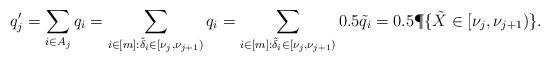
LaTeX: \begin{align*}q'_j &= \sum_{i \in A_j} q_i = \sum_{i \in [m]: \tilde{\delta}_i \in [\nu_j, \nu_{j+1})} q_i = \sum_{i \in [m]: \tilde{\delta}_i \in [\nu_j, \nu_{j+1})} 0.5 \tilde{q}_i= 0.5 \P\{ \tilde{X} \in [\nu_j, \nu_{j+1} )\}.\end{align*}